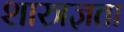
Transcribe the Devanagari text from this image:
शास्त्रज्ञता